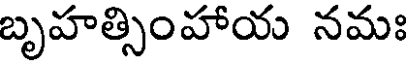
బృహత్సింహాయ నమః